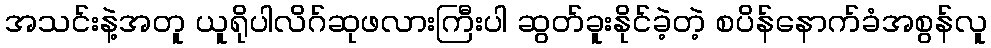
အသင်းနဲ့အတူ ယူရိုပါလိဂ်ဆုဖလားကြီးပါ ဆွတ်ခူးနိုင်ခဲ့တဲ့ စပိန်နောက်ခံအစွန်လူ